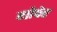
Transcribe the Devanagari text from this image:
गोपेर